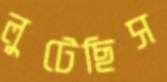
লুটেছিস